画像に写った文字を読んでください
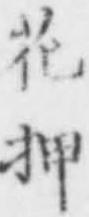
「花押」と書いてあります